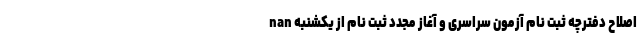
nan اصلاح دفترچه ثبت نام آزمون سراسری و آغاز مجدد ثبت نام از یکشنبه